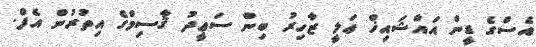
އެސްގެ ޑީން އައްޝައިޚް ޢަލީ ޒާހިރު ބިން ސަޢީދު ޤާސިމްގެ އިތުރުން އެފް.